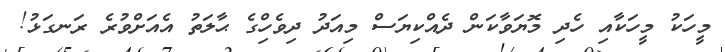
މީހަކު މީހަކާއި ހެދި މޮޔަވާކަން ދެއްްކިޔަސް މިއަދު ދިވެހިްގެ ޙާލަތު އެއަށްވުރެ ރަނގަޅުު!